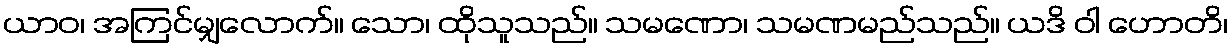
ယာဝ၊ အကြင်မျှလောက်။ သော၊ ထိုသူသည်။ သမဏော၊ သမဏမည်သည်။ ယဒိ ဝါ ဟောတိ၊